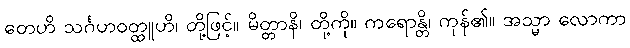
တေဟိ သင်္ဂဟဝတ္ထူဟိ၊ တို့ဖြင့်။ မိတ္တာနိ၊ တို့ကို။ ကရောန္တိ၊ ကုန်၏။ အသ္မာ လောကာ